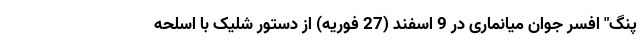
پنگ" افسر جوان میانماری در 9 اسفند (27 فوریه) از دستور شلیک با اسلحه